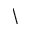
\backslash